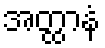
အတ္ထာနံ